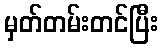
မှတ်တမ်းတင်ပြီး